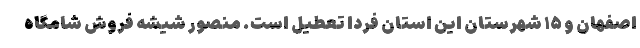
اصفهان و ۱۵ شهرستان این استان فردا تعطیل است. منصور شیشه فروش شامگاه